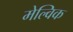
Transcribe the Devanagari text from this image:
मेल्विक